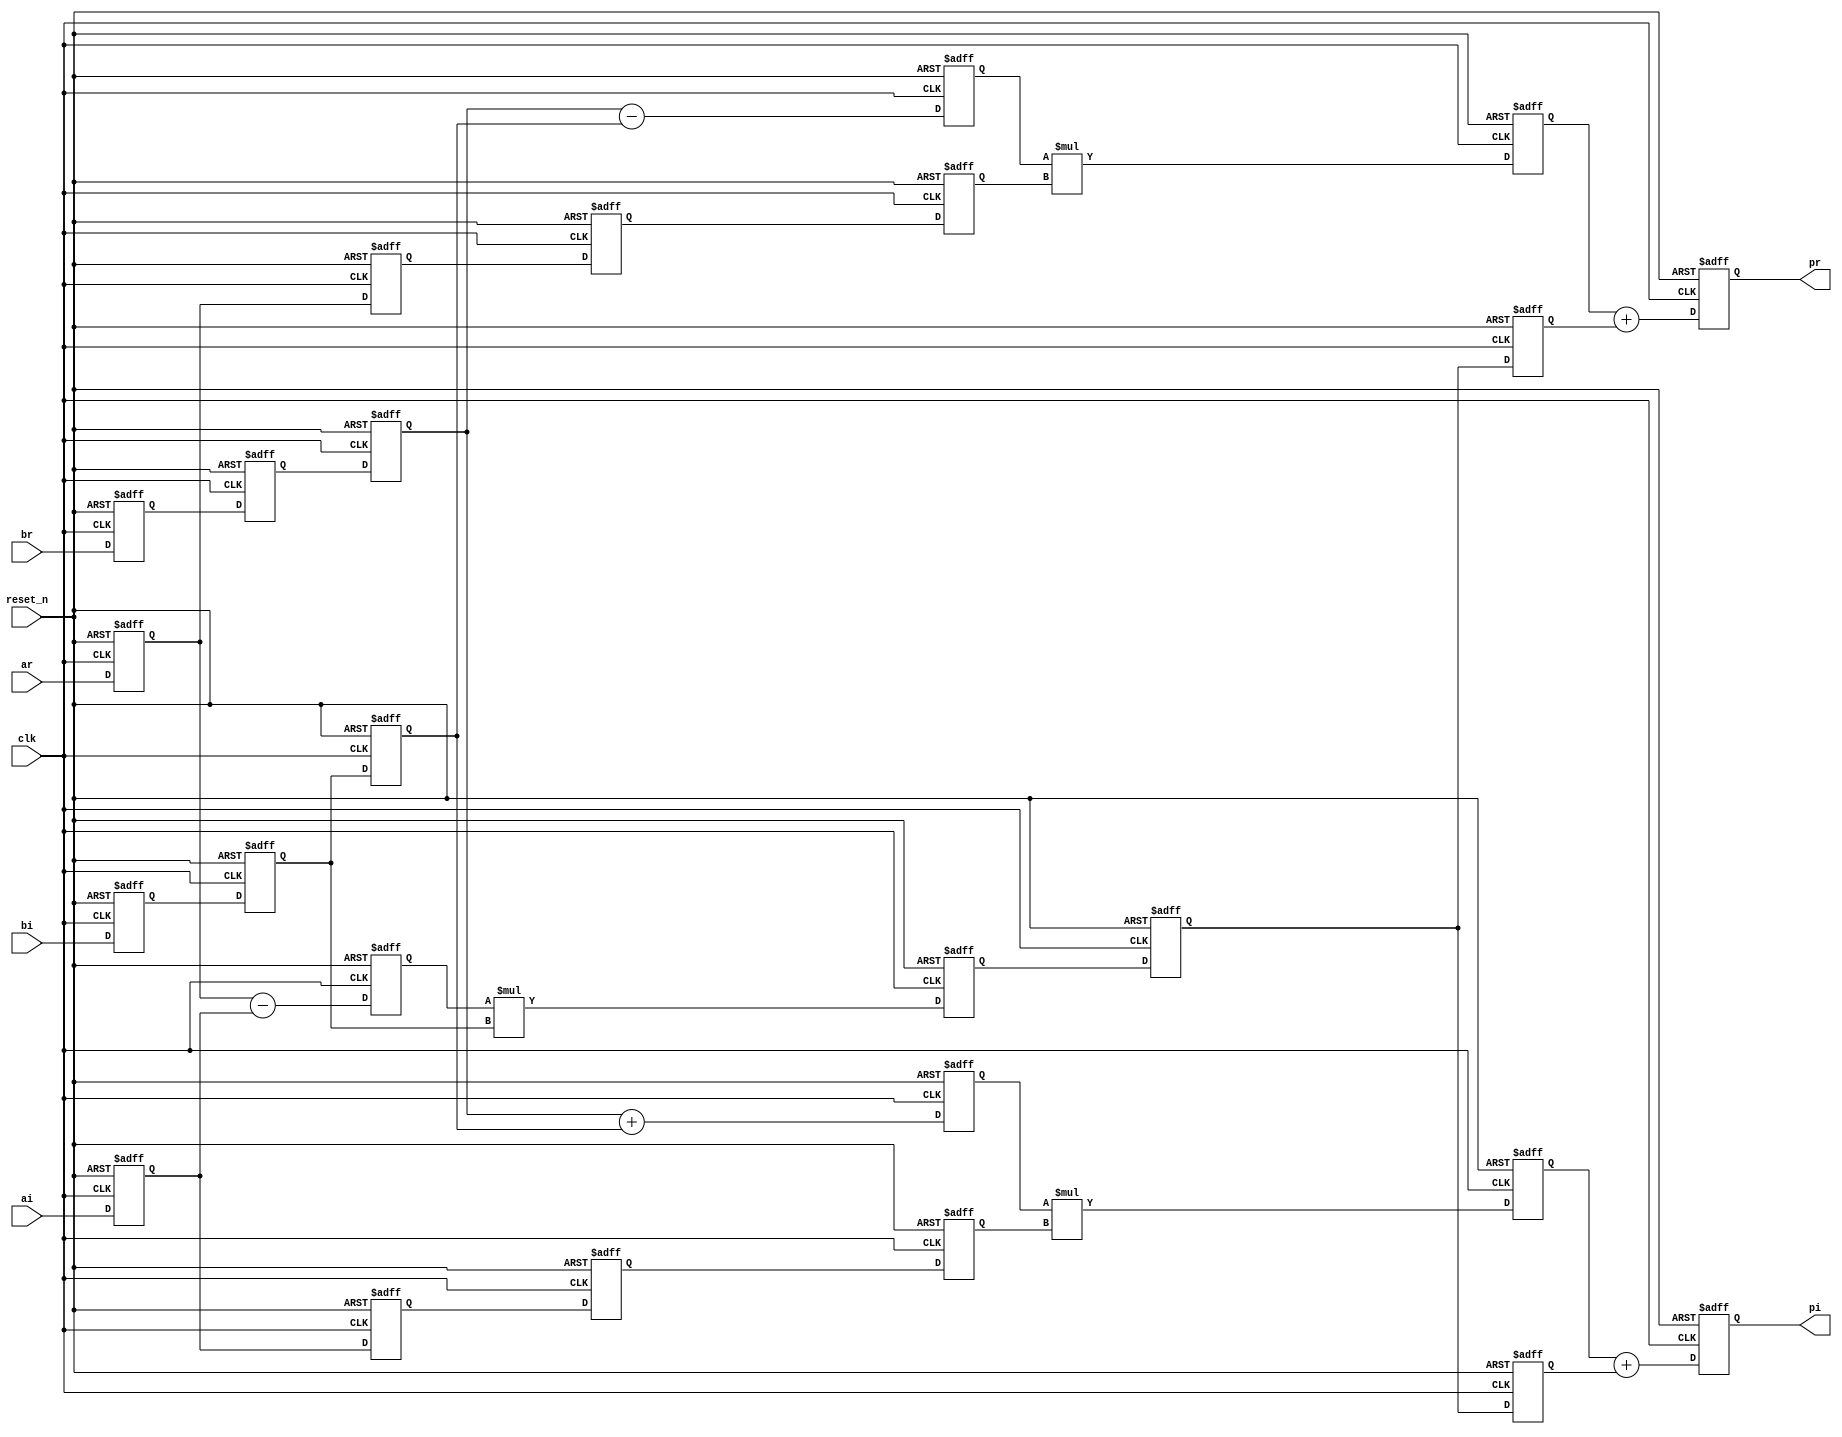
module cmx_mult # (parameter AWIDTH = 16, BWIDTH = 16)

  (

    input clk,

    input reset_n,

    input signed [AWIDTH-1:0]      ar, ai,

    input signed [BWIDTH-1:0]      br, bi,

    output signed [AWIDTH+BWIDTH:0] pr, pi

  );

  initial begin
    $dumpfile("wave.vcd");
    $dumpvars(0, cmx_mult);
  end

  reg signed [AWIDTH-1:0] ai_d, ai_dd, ai_ddd, ai_dddd   ;

  reg signed [AWIDTH-1:0] ar_d, ar_dd, ar_ddd, ar_dddd   ;

  reg signed [BWIDTH-1:0] bi_d, bi_dd, bi_ddd, br_d, br_dd, br_ddd ;

  reg signed [AWIDTH:0]  addcommon     ;

  reg signed [BWIDTH:0]  addr, addi     ;

  reg signed [AWIDTH+BWIDTH:0] mult0, multr, multi, pr_int, pi_int  ;

  reg signed [AWIDTH+BWIDTH:0] common, commonr1, commonr2   ;


  always @(posedge clk or negedge reset_n)
  begin

    if (!reset_n)
    begin
      ar_d   <= 'h0;

      ar_dd  <= 'h0;

      ai_d   <= 'h0;

      ai_dd  <= 'h0;

      br_d   <= 'h0;

      br_dd  <= 'h0;

      br_ddd <= 'h0;

      bi_d   <= 'h0;

      bi_dd  <= 'h0;

      bi_ddd <= 'h0;
    end

    else
    begin

      ar_d   <= ar;

      ar_dd  <= ar_d;

      ai_d   <= ai;

      ai_dd  <= ai_d;

      br_d   <= br;

      br_dd  <= br_d;

      br_ddd <= br_dd;

      bi_d   <= bi;

      bi_dd  <= bi_d;

      bi_ddd <= bi_dd;

    end

  end

  // Common factor (ar ai) x bi, shared for the calculations of the real and imaginary final products

  //

  always @(posedge clk or negedge reset_n)

  begin

    if (!reset_n)
    begin
      addcommon <= 'h0;

      mult0     <= 'h0;

      common    <= 'h0;
    end
    else
    begin
      addcommon <= ar_d - ai_d;

      mult0     <= addcommon * bi_dd;

      common    <= mult0;
    end



  end

  // Real product

  //

  always @(posedge clk or negedge reset_n)

  begin

    if (!reset_n)
    begin
      ar_ddd   <= 'h0;

      ar_dddd  <= 'h0;

      addr     <= 'h0;

      multr    <= 'h0;

      commonr1 <= 'h0;

      pr_int   <= 'h0;
    end
    else
    begin
      ar_ddd   <= ar_dd;

      ar_dddd  <= ar_ddd;

      addr     <= br_ddd - bi_ddd;

      multr    <= addr * ar_dddd;

      commonr1 <= common;

      pr_int   <= multr + commonr1;
    end



  end

  // Imaginary product

  //

  always @(posedge clk or negedge reset_n)

  begin

    if (!reset_n)
    begin
      ai_ddd   <= 'h0;

      ai_dddd  <= 'h0;

      addi     <= 'h0;

      multi    <= 'h0;

      commonr2 <= 'h0;

      pi_int   <= 'h0;
    end
    else
    begin
      ai_ddd   <= ai_dd;

      ai_dddd  <= ai_ddd;

      addi     <= br_ddd + bi_ddd;

      multi    <= addi * ai_dddd;

      commonr2 <= common;

      pi_int   <= multi + commonr2;
    end



  end

  assign pr = pr_int;

  assign pi = pi_int;

endmodule